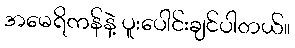
အမေရိကန်နဲ့ ပူးပေါင်းချင်ပါတယ်။